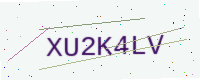
Text: XU2K4LV